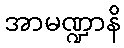
အာမဏ္ဍာနိ